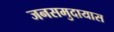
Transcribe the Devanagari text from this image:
जनसमुदायास